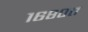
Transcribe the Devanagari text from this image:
१६८०त